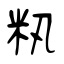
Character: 籸